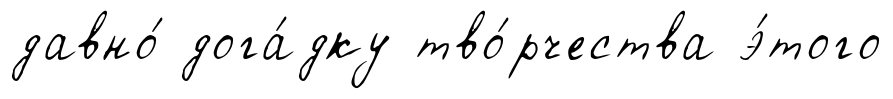
давно́ дога́дку тво́рчества э́того